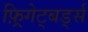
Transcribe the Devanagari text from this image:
फ़्रिगेट्बर्ड्स